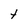
Character: t